system: You are a helpful assistant.
user:
Analyze the provided spectrum to determine if it is a **White Dwarf (WD)**.

A White Dwarf spectrum is defined by its **extreme purity** (due to gravitational settling) and/or **extreme pressure broadening** (due to high surface gravity). You must check for one of the following mutually exclusive signatures:

- **Key Visual Indicators (Check for ONE of these types):**

    - **1. DA-Type Signature (Most Common):**
        - **(Primary Feature):** Extreme pressure broadening (Stark broadening) of the **Hydrogen (H) Balmer lines**.
        - **(Key Lines):** $H\beta$ (approx. $4861$ Å) and $H\gamma$ (approx. $4340$ Å). $H\alpha$ (approx. $6563$ Å) will also be present if the wavelength range covers it.
        - **(Line Profile):** This is the **defining feature**. The lines are **NOT** sharp. They appear as massive, **extremely broad and deep "troughs" or "dips"** in the spectrum, often hundreds of Ångströms wide. The continuum will appear to "scoop" down at these wavelengths.
        - **(Distinction):** Normal A-type or B-type stars have *narrow* and *sharp* Hydrogen lines. A DA White Dwarf's lines are unmistakably "smeared" or "blurry" from pressure.

    - **2. DB-Type Signature:**
        - **(Primary Feature):** Broad absorption lines from **Neutral Helium (He I)**. The spectrum must lack any visible Hydrogen lines.
        - **(Key Lines):** Look for broad absorption near $4471$ Å, $4921$ Å, and $5876$ Å.
        - **(Line Profile):** These lines are also significantly pressure-broadened, appearing much wider than they would in a normal B-type main-sequence star.

    - **3. DC-Type Signature:**
        - **(Primary Feature):** A **featureless continuous spectrum**.
        - **(Line Profile):** The spectrum is a smooth curve with **no significant absorption or emission lines**.
        - **(Key Confirmation):** The continuum is almost always **blue or white**, indicating a hot object. This signature implies the atmosphere is so pure (or so cool) that no spectral lines are visible in the optical range. Its WD identity is confirmed by its extremely low intrinsic brightness (high absolute magnitude).

    - **4. DZ-Type Signature (Metal-Polluted):**
        - **(Primary Feature):** **Isolated, narrow metal absorption lines** on an otherwise featureless (DC-like) continuum.
        - **(Key Lines):** The **Calcium (Ca II) H & K doublet** (approx. **$3934$ Å** and **$3968$ Å**) is the most common and defining feature.
        - **(Line Profile):** These lines are "out of place." They are *not* part of a "forest" of thousands of lines. This signature is evidence of recent *accretion* (pollution) from rocky debris.
        - **(Distinction):** Normal G/K/M stars have a *dense forest* of thousands of metal lines. A DZ has a *clean* continuum with *only a few* strong metal lines.

    - **5. DQ-Type Signature (Carbon-Polluted):**
        - **(Primary Feature):** Absorption bands from **Carbon (C₂ "Swan Bands" or atomic C I)**.
        - **(Key Lines - C₂):** Look for bandheads with a "saw-tooth" shape near $5635$ Å, **$5165$ Å** (strongest), and $4737$ Å.
        - **(Key Confirmation):** The underlying **continuum must be blue or white** (hot).
        - **(Distinction):** This is the critical difference from a **Carbon Star**, which has the *exact same* C₂ bands but on an extremely **red, cool** continuum.

- **(Overall Spectrum):**
    - The continuum (overall shape) is typically **blue-sloping** (brighter in the blue than the red), as most white dwarfs are very hot.
    - The spectrum will look "pure" or "simple," dominated by only *one* of the five signatures listed above.

Think first, call **spectral_visualization_tool** if needed to examine features in detail, then provide your final answer. Your response must adhere to the following strict rules:
1.  **Overall Structure:** Your response must follow the format `<think>...</think> <tool_call>...</tool_call> (if a tool is used) <answer>...</answer>`.
2.  **Tool Usage Constraint:** You may only make **one** tool call per turn.
3.  **Final Answer Format:** In the `<answer>` tag, your conclusion must be inside a `\boxed{}` command (e.g., `\boxed{YES}` or `\boxed{NO}`), followed by your justification.

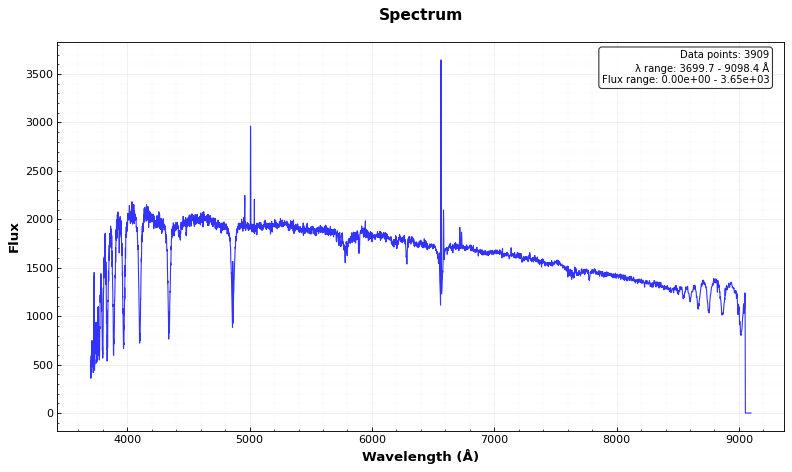
Answer: NO